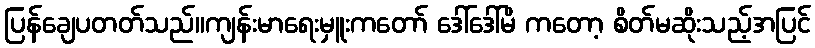
ပြန်ချေပတတ်သည်။ကျန်းမာရေးမှူးကတော် ဒေါ်ဒေါ်မိ ကတော့ စိတ်မဆိုးသည့်အပြင်